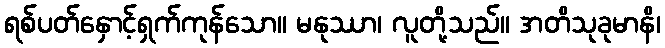
ရစ်ပတ်နှောင့်ရှက်ကုန်သော။ မနုဿာ၊ လူတို့သည်။ အတိသုခုမာနိ၊